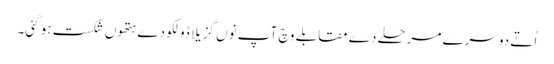
اُتے دوسرے مرحلے دے مقابلے وچ آپ نو‏‏ں گزیلا ڈولکو دے ہتھو‏ں شکست ہو گئی۔